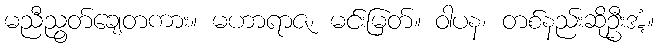
မညီညွတ်ချေတကား။ မဟာရာဇ၊ မင်းမြတ်။ ဝါပန၊ တစ်နည်းဆိုဦးအံ့။